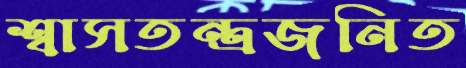
শ্বাসতন্ত্রজনিত